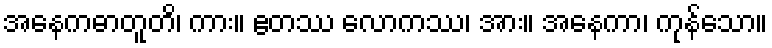
အနေကဓာတူတိ၊ ကား။ ဧတဿ လောကဿ၊ အား။ အနေကာ၊ ကုန်သော။